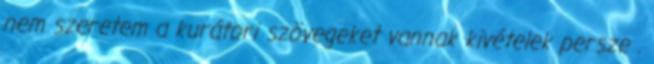
nem szeretem a kurátori szövegeket vannak kivételek persze .